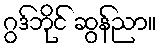
ဂွဒ်ဘိုင် ဆွန်ညာ။